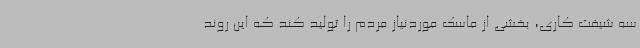
سه شیفت کاری، بخشی از ماسک موردنیاز مردم را تولید کند که این روند